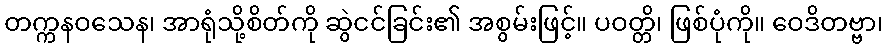
တက္ကနဝသေန၊ အာရုံသို့စိတ်ကို ဆွဲငင်ခြင်း၏ အစွမ်းဖြင့်။ ပဝတ္တိ၊ ဖြစ်ပုံကို။ ဝေဒိတဗ္ဗာ၊